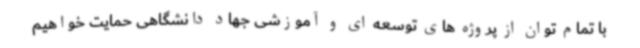
با تمام توان از پروژه های توسعه ای و آموزشی جهاد دانشگاهی حمایت خواهیم